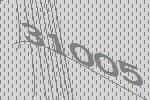
31005